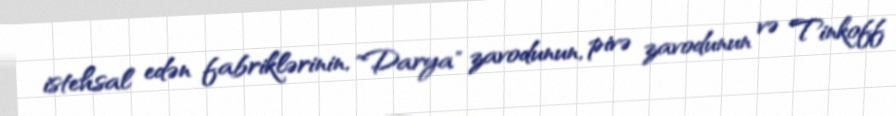
istehsal edən fabriklərinin, "Darya" zavodunun, pivə zavodunun və Tinkoff